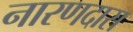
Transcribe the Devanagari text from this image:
नारणदास